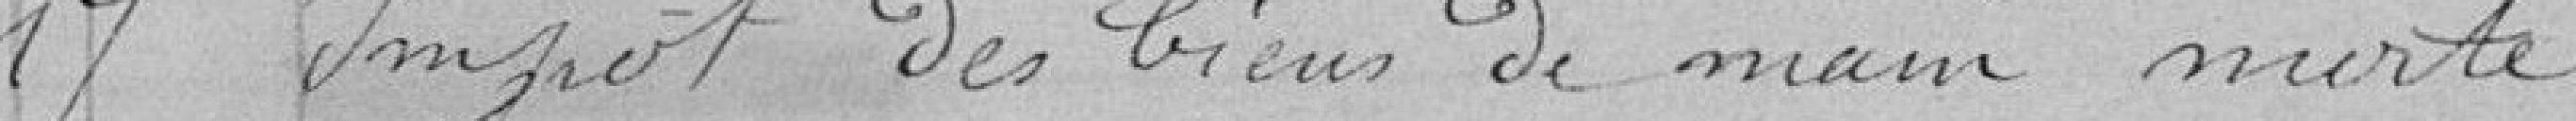
17 - Impôt des biens de main morte